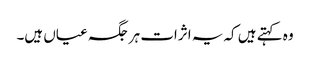
وہ کہتے ہیں کہ یہ اثرات ہر جگہ عیاں ہیں۔